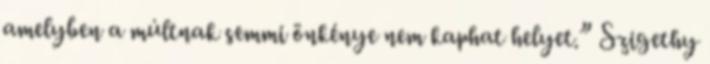
amelyben a múltnak semmi önkénye nem kaphat helyet.” Szigethy